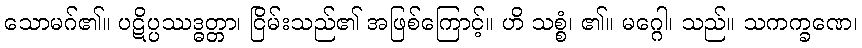
သောမဂ်၏။ ပဋိပ္ပဿဒ္ဓတ္တာ၊ ငြိမ်းသည်၏ အဖြစ်ကြောင့်။ ဟိ သစ္စံ၊ ၏။ မဂ္ဂေါ၊ သည်။ သကက္ခဏေ၊